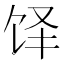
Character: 𬲳